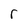
Character: r